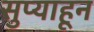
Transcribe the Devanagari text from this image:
सुप्याहून